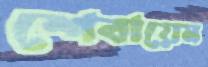
শেবায়েম